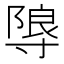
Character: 𭔼